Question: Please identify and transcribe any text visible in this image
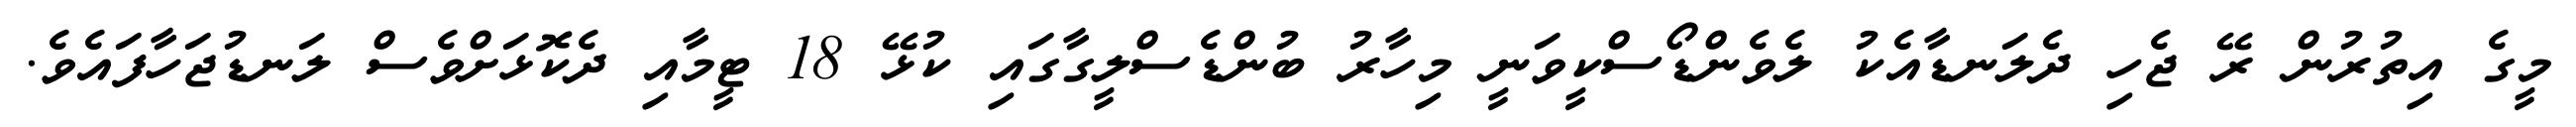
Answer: މީގެ އިތުރުން ރޭ ޖެހި ދެލަނޑާއެކު ލެވެންޑޯސްކީވަނީ މިހާރު ބުންޑެސްލީގާގައި ކުޅޭ 18 ޓީމާއި ދެކޮޅަށްވެސް ލަނޑުޖަހާފައެވެ.